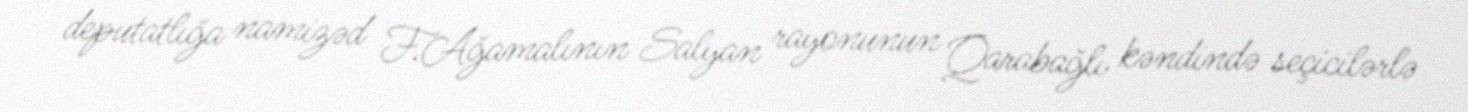
deputatlığa namizəd F.Ağamalının Salyan rayonunun Qarabağlı kəndində seçicilərlə